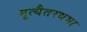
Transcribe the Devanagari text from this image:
मृत्यैतरधमा